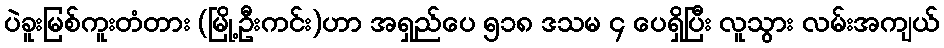
ပဲခူးမြစ်ကူးတံတား (မြို့ဦးကင်း)ဟာ အရှည်ပေ ၅၁၈ ဒသမ ၄ ပေရှိပြီး လူသွား လမ်းအကျယ်